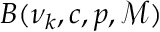
B ( \nu _ { k } , c , p , \mathcal { M } )